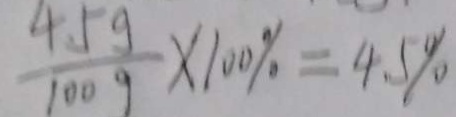
\frac { 4 . 5 g } { 1 0 0 9 } \times 1 0 0 \% = 4 . 5 \%